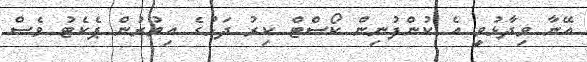
އޭނާ ވިދާޅުވީ އެ ކުންފުނިން ކޯސްޓް ކިރު ދަޅުގެ އިތުރުން ޕެކެޓު ވެސް